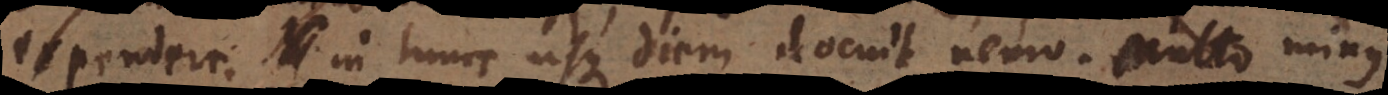
expendere in hanc usque diem docuit nemo. Haec forma